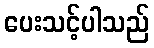
ပေးသင့်ပါသည်